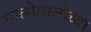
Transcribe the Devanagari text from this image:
सालोमालोच्या